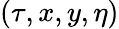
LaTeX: (\tau,x,y,\eta)